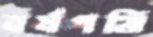
বর্ষপঞ্জি